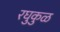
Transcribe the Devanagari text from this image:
रघुकुळ